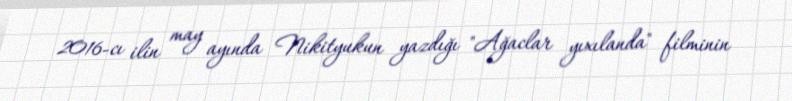
2016-cı ilin may ayında Nikityukun yazdığı "Ağaclar yıxılanda" filminin